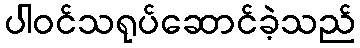
ပါဝင်သရုပ်ဆောင်ခဲ့သည်